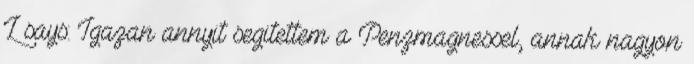
L says: Igazan annyit segitettem a Penzmagnessel, annak nagyon